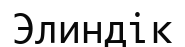
Элиндік